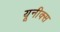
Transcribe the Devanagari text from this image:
यूनीक्स